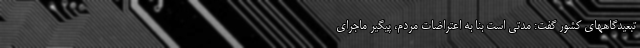
تبعیدگاههای کشور گفت: مدتی است بنا به اعتراضات مردم، پیگیر ماجرای